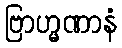
ဗြာဟ္မဏာနံ